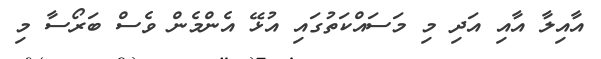
އާއިލާ އާއި އަދި މި މަސައްކަތުގައި އުޅޭ އެންމެން ވެސް ބަރޯސާ މި